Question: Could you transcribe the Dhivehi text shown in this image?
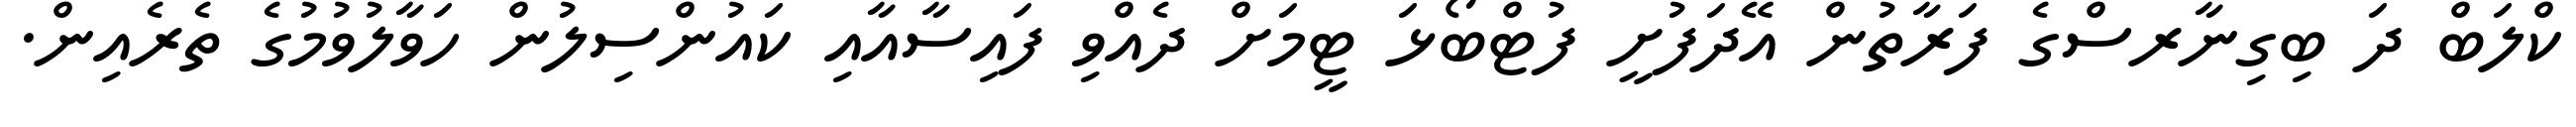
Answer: ކްލަބް ދަ ބިގިނާރސްގެ ފަރާތުން އޭދަފުށީ ފުޓްބޯޅަ ޓީމަށް ދެއްވި ފައިސާއާއި ކައުންސިލުން ހަވާލުވުމުގެ ތެރެއިން.